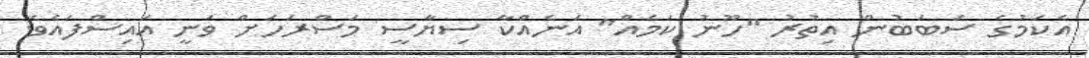
އެކަމުގެ ސަބަބުން އިތުރު "ހޫނު ކަމެއް" އަނެއްކާ ސިޔާސީ މަސްރަހަށް ވަނީ އައިސްފައެވެ.